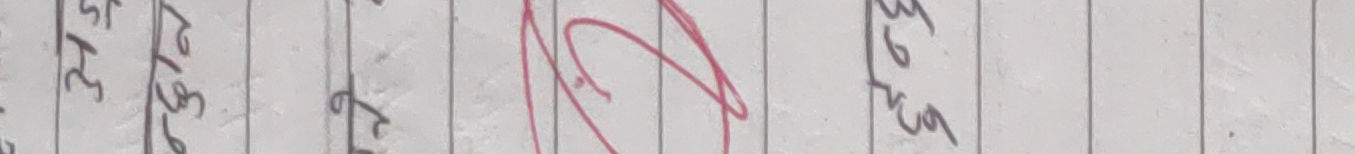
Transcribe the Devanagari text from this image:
३७५ २५ ३७० ६७३ ६७८ ६७० ६ ५२५ ५२५